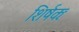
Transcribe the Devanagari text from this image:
शिर्षकः